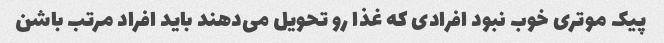
پیک موتری خوب نبود افرادی که غذا رو تحویل می‌دهند باید افراد مرتب باشن